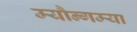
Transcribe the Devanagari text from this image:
म्यौन्गम्या